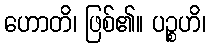
ဟောတိ၊ ဖြစ်၏။ ပဉ္စဟိ၊